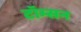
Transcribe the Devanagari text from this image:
टॉम्सन